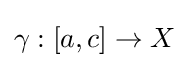
\gamma :[a,c]\to X